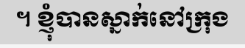
។ ខ្ញុំបានស្នាក់នៅក្រុង